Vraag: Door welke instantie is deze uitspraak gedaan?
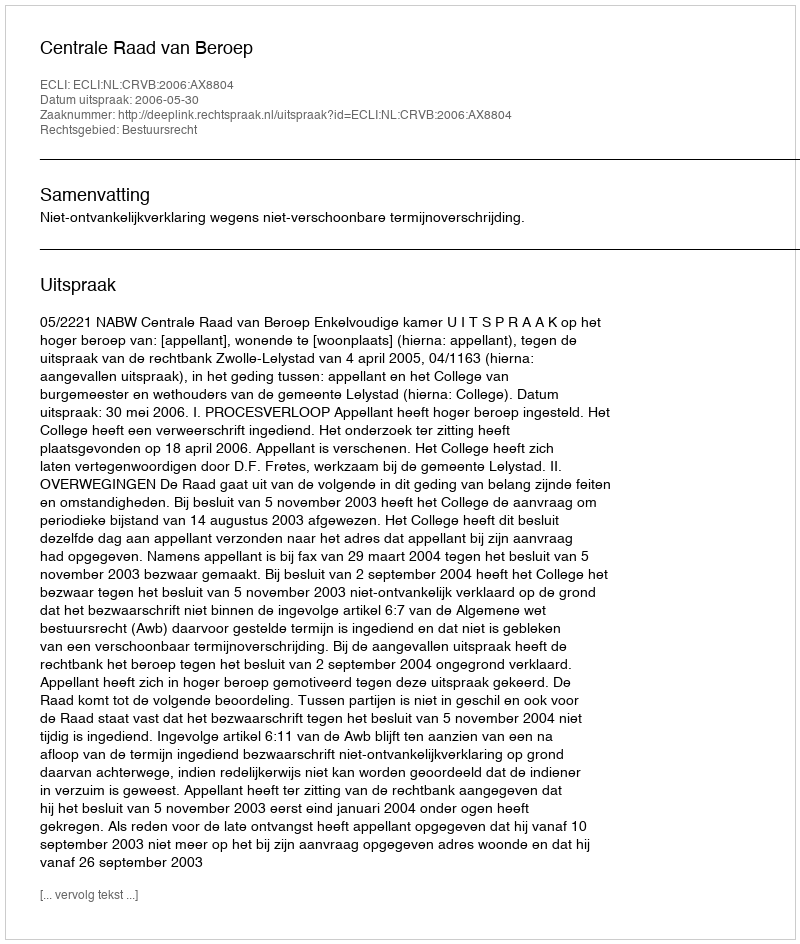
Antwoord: Centrale Raad van Beroep